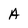
Character: A